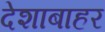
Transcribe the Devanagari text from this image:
देशाबाहर